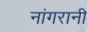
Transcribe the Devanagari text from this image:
नांगरानी